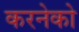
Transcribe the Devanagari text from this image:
करनेको